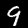
Digit: 9